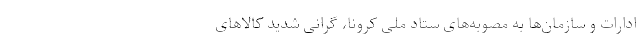
ادارات و سازمان‌ها به مصوبه‌های ستاد ملی کرونا، گرانی شدید کالاهای